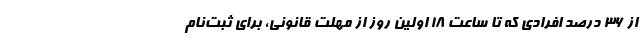
از ۳۶ درصد افرادی که تا ساعت ۱۸ اولین روز از مهلت قانونی، برای ثبت‌نام